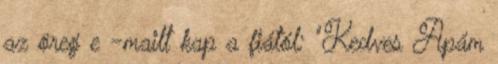
az öreg e -mailt kap a fiától: "Kedves Apám